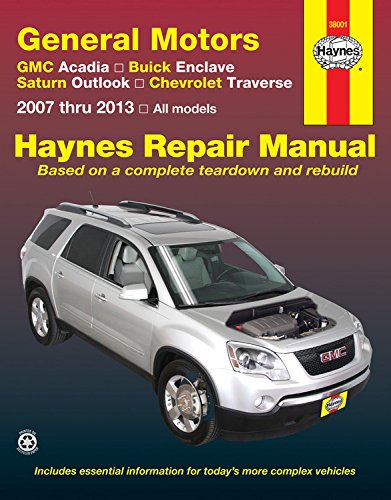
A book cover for General Motors GMC Acadia, Buick Enclave, Saturn Outlook, Chevrolet Traverse: 2007 thru 2013, All models (Haynes Repair Manual); Editors of Haynes Manuals; Engineering & Transportation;